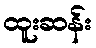
ထူးဆန်း